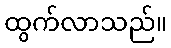
ထွက်လာသည်။